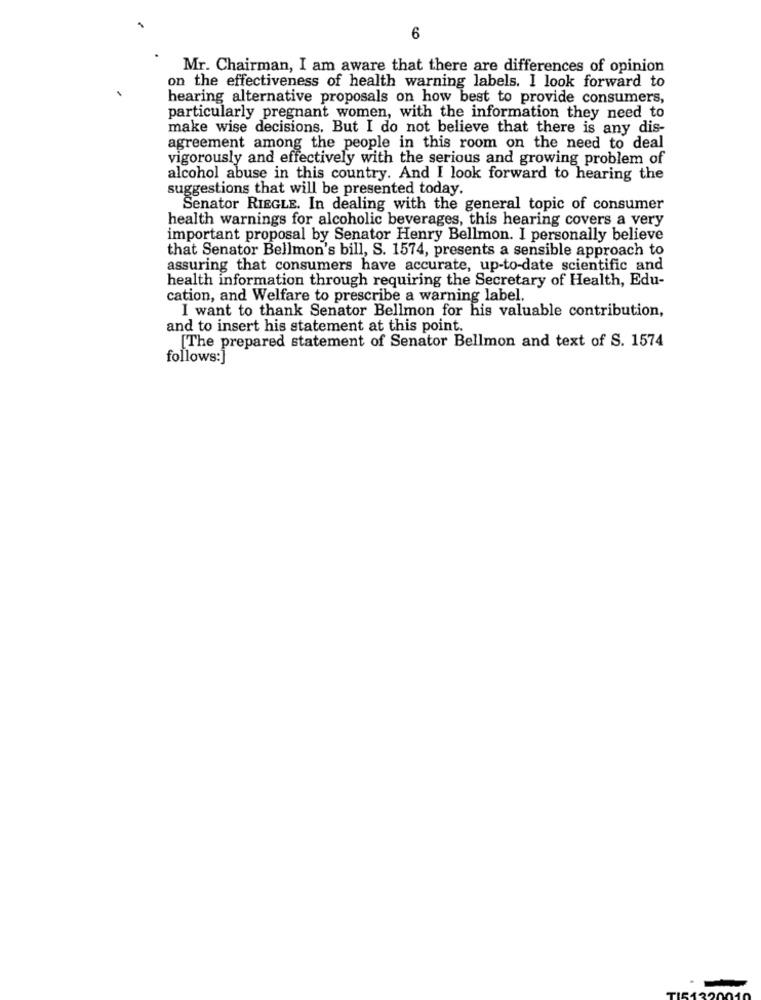
6
Mr. Chairman, I am aware that there are differences of opinion
on the effectiveness of health warning labels. I look forward to
hearing alternative proposals on how best to provide consumers,
particularly pregnant women, with the information they need to
make wise decisions. But I do not believe that there is any dis-
agreement among the people in this room on the need to deal
vigorously and effectively with the serious and growing problem of
alcohol abuse in this country. And I look forward to hearing the
suggestions that will be presented today.
Senator RIEGLE. In dealing with the general topic of consumer
health warnings for alcoholic beverages, this hearing covers a very
important proposal by Senator Henry Bellmon. I personally believe
that Senator Bellmon's bill, S. 1574, presents a sensible approach to
assuring that consumers have accurate, up-to-date scientific and
health information through requiring the Secretary of Health, Edu-
cation, and Welfare to prescribe a warning label.
I want to thank Senator Bellmon for his valuable contribution,
and to insert his statement at this point.
[The prepared statement of Senator Bellmon and text of S. 1574
follows:]